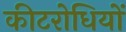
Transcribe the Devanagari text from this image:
कीटरोधियों